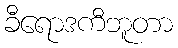
ခီရောဒကီဘူတာ